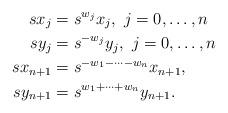
LaTeX: \begin{align*} s x_j &= s^{w_j} x_j, \ j = 0, \ldots, n \\ s y_j &= s^{-w_j} y_j, \ j = 0, \ldots, n \\ s x_{n+1} &= s^{-w_1-\cdots-w_n} x_{n+1}, \\ s y_{n+1} &= s^{w_1+\cdots+w_n} y_{n+1}. \end{align*}